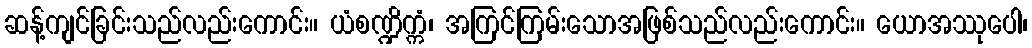
ဆန့်ကျင်ခြင်းသည်လည်းကောင်း။ ယံစဏ္ဍိက္ကံ၊ အကြင်ကြမ်းသောအဖြစ်သည်လည်းကောင်း။ ယောအဿုပေါ၊